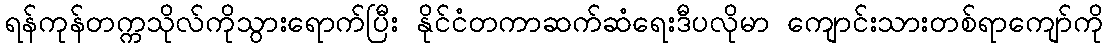
ရန်ကုန်တက္ကသိုလ်ကိုသွားရောက်ပြီး နိုင်ငံတကာဆက်ဆံရေးဒီပလိုမာ ကျောင်းသားတစ်ရာကျော်ကို